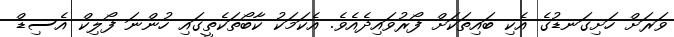
ވަރަށް ހަށިގަނޑުގެ އެކި ބައިތަކަށް ފޯރުވައިދެއެވެ. އެކަމަކު ކާބޯތަކެތީގައި ހުންނަ ފޯލިކް އެސިޑް